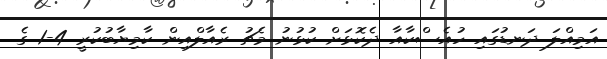
އަމިއްލަ ދަނޑުގައި ހުއެސްކާއާ ދެކޮޅަށް ކުޅުނު މެޗު ރެއާލްއިން ކާމިޔާބުކުރީ 4-1 ގެ